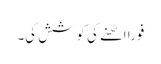
فوراً اٹھنے کی کوشش کی۔